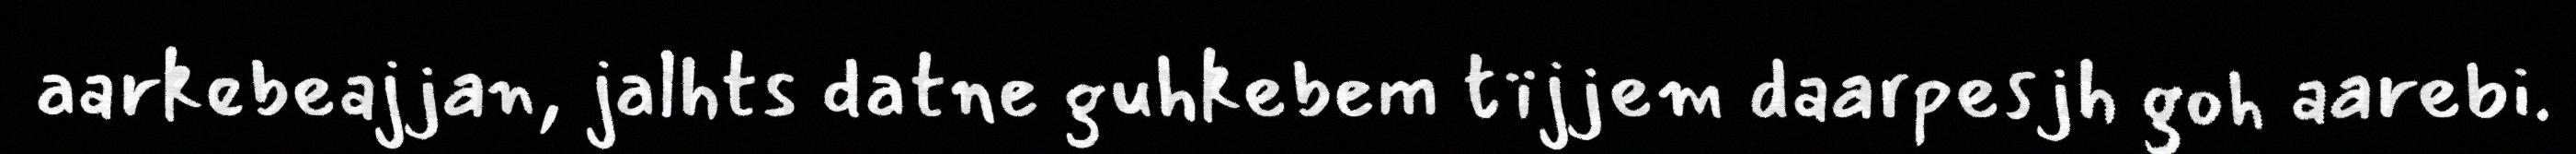
aarkebeajjan, jalhts datne guhkebem tïjjem daarpesjh goh aarebi.